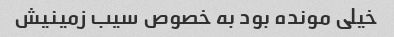
خیلی مونده بود به خصوص سیب زمینیش